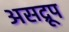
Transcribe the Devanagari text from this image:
असद्रूप